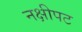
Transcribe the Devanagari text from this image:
नक्षीपट